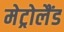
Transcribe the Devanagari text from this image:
मेट्रोलैंड